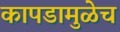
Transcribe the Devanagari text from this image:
कापडामुळेच